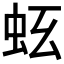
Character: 𧉛